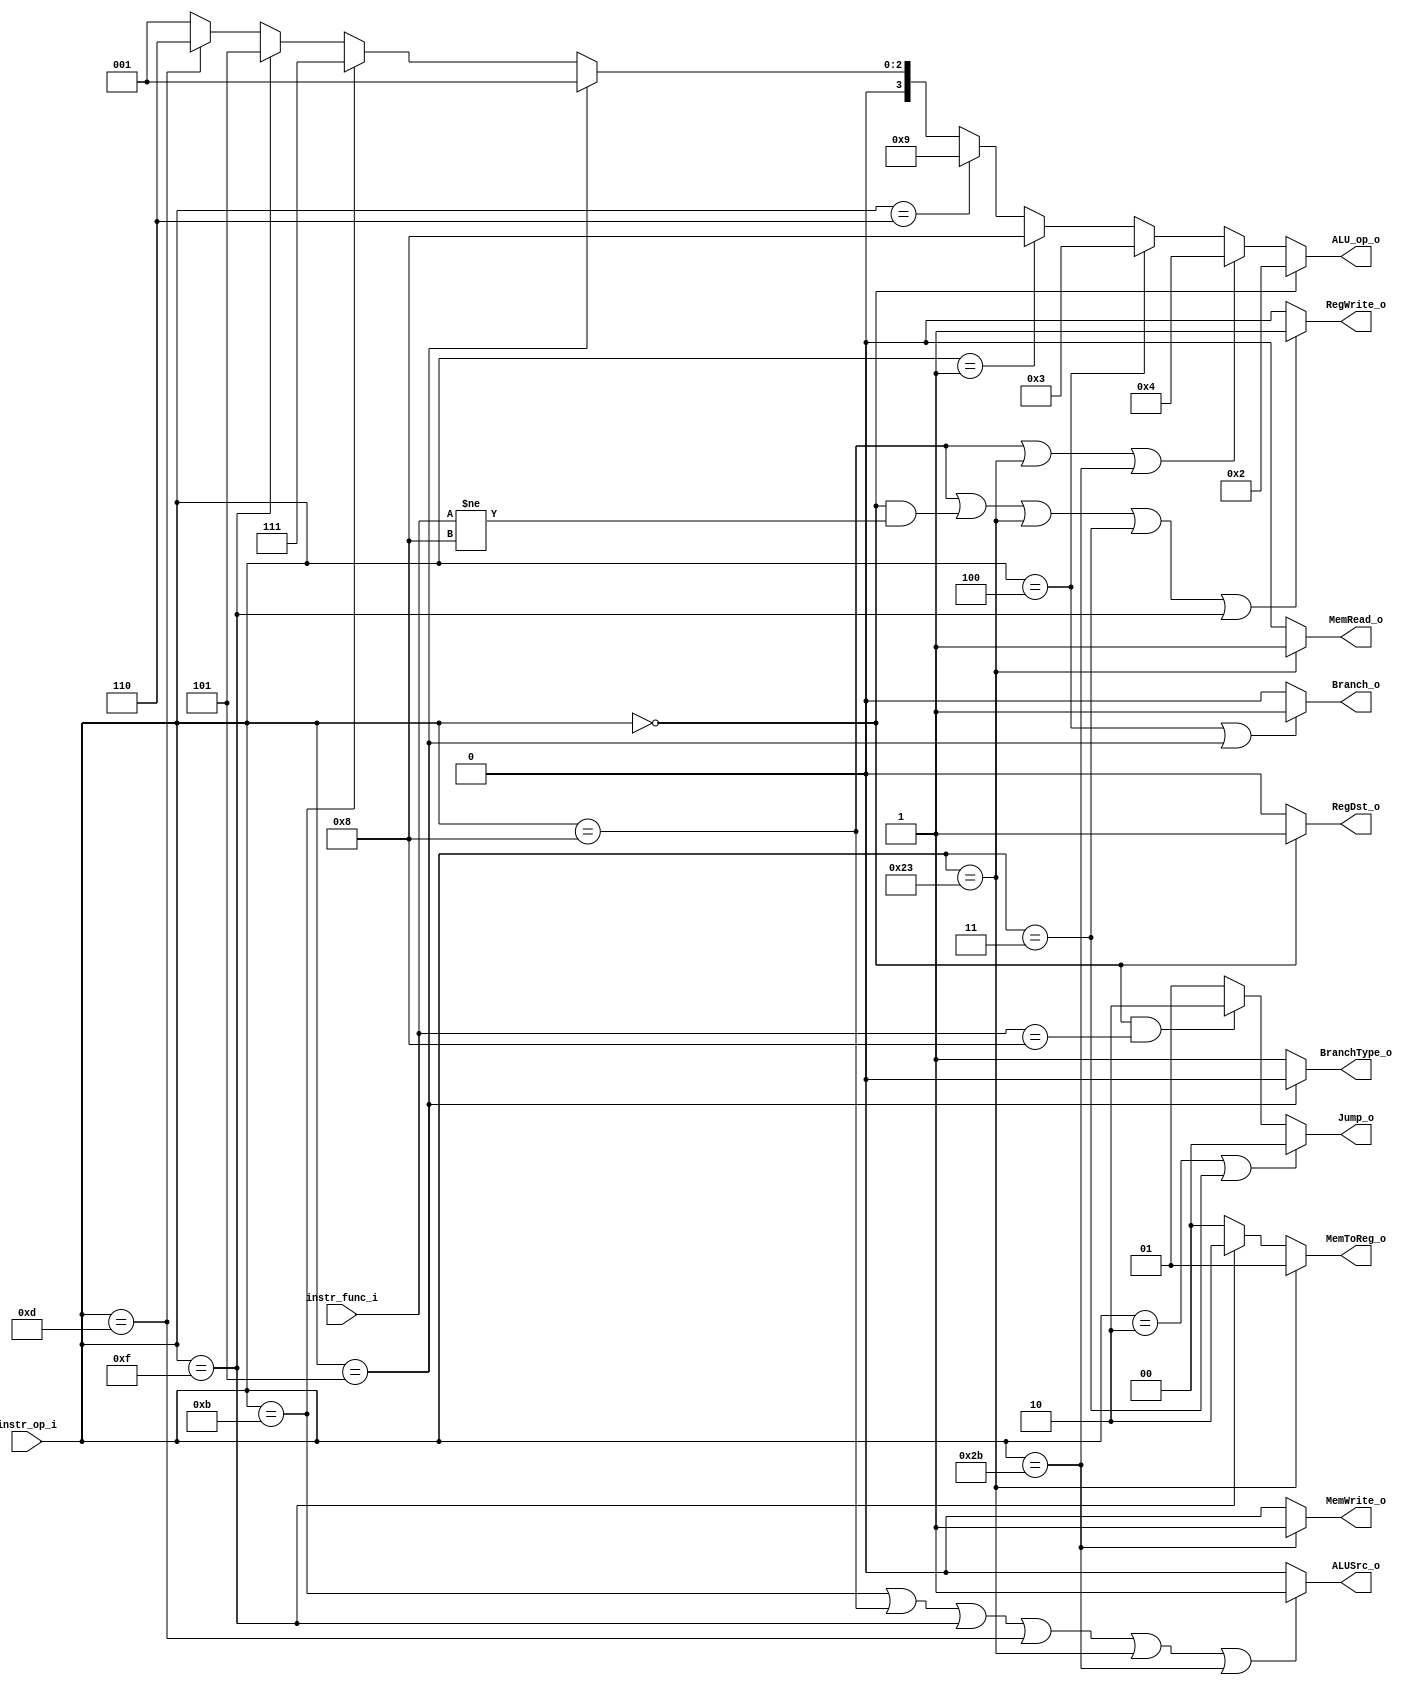
//0613149 G 0613144 
module Control(
    instr_op_i,
    instr_func_i,
    Branch_o,
    MemToReg_o,
    BranchType_o,
    Jump_o,
    MemRead_o,
    MemWrite_o,
    ALU_op_o,
    ALUSrc_o,
	RegWrite_o,
	RegDst_o
	);
     
//I/O ports
input  [6-1:0] instr_op_i;
input  [6-1:0] instr_func_i;
output         Branch_o;
output [2-1:0] MemToReg_o;
output         BranchType_o;
output [2-1:0] Jump_o;
output         MemRead_o;
output         MemWrite_o;
output [4-1:0] ALU_op_o;
output         ALUSrc_o;
output         RegWrite_o;
output         RegDst_o;

 
//Internal Signals
wire    [2-1:0] Jump_o;
wire            MemRead_o;
wire            MemWrite_o;
wire    [2-1:0] MemToReg_o;
wire    [4-1:0] ALU_op_o;
wire            ALUSrc_o;
wire            RegWrite_o;
wire            RegDst_o;
wire            Branch_o;
wire            BranchType_o;

//Parameter
assign MemToReg_o = (instr_op_i == 6'b100011)? 2'b01:(instr_op_i == 6'b001111)? 2'b10:2'b00;
assign RegDst_o = (instr_op_i == 6'b000000)? 1'b1:1'b0;
assign RegWrite_o = ((instr_op_i == 6'b001000)||(instr_op_i == 6'b000000 && instr_func_i != 6'b001000)||(instr_op_i == 6'b100011)||(instr_op_i == 6'b000011)||(instr_op_i == 6'b001111))? 1'b1:1'b0;
//assign RegWrite_o = ((instr_op_i != 6'b000100&&instr_op_i != 6'b000101) || instr_op_i == 6'b100011)? 1'b1:1'b0;
assign Branch_o = (instr_op_i == 6'b000100 || instr_op_i == 6'b000101)? 1'b1:1'b0;
assign ALUSrc_o = (instr_op_i == 6'b001011||instr_op_i == 6'b001000||instr_op_i == 6'b001111||instr_op_i == 6'b001101||instr_op_i == 6'b100011||instr_op_i == 6'b101011)? 1'b1:1'b0;
assign MemWrite_o = (instr_op_i == 6'b101011)? 1'b1:1'b0;
assign MemRead_o = (instr_op_i == 6'b100011)? 1'b1:1'b0;
assign Jump_o = (instr_op_i == 6'b000010 || instr_op_i == 6'b000011)? 2'b00: (instr_op_i == 6'b000000 && instr_func_i == 6'b001000)? 2'b10 : 2'b01;
assign BranchType_o = (instr_op_i == 6'b000101)? 1'b0:1'b1;

// 0010 => R-type
// 0100 => addi
// 0011 => beq
// 0111 => slti
// 0101 => lui
// 0110 => ori
// 0001 => bne

assign ALU_op_o = (instr_op_i == 6'b000000)? 4'b0010: //addu subu slt sra srav or  and mul jr 
                  (instr_op_i == 6'b001000||instr_op_i == 6'b100011||instr_op_i == 6'b101011)? 4'b0100: //addi LW SW
                  (instr_op_i == 6'b000100)? 4'b0011: //beq
                  (instr_op_i == 6'b000001)? 4'b1000: //bltz
                  (instr_op_i == 6'b000110)? 4'b1001: //ble
                  (instr_op_i == 6'b000101)? 4'b0001: //bne bnez
                  (instr_op_i == 6'b001011)? 4'b0111: //sltiu 
                  (instr_op_i == 6'b001111)? 4'b0101: //LUI
                  (instr_op_i == 6'b001101)? 4'b0110:4'b0001; //ORI

//Main function
endmodule